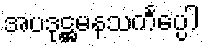
အပဒုဋ္ဌမနသင်္ကပ္ပေါ